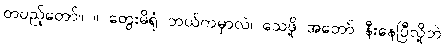
တပည့်တော်။ ။ တွေးမိရုံ ဘယ်ကမှာလဲ၊ သေဖို့ အတော် နီးနေပြီလို့ဘဲ